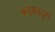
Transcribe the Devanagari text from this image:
कड़कड़डुमा